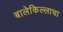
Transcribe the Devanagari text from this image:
बालेकिल्लाचा